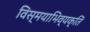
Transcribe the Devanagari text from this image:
विस्मयाभिव्यक्ति